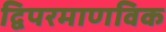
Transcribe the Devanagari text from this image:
द्विपरमाणविक